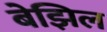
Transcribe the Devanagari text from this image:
बेझिल